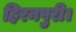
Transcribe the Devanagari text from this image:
हिरनपुरी।